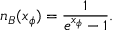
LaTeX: n _ { B } ( x _ { \phi } ) = \frac { 1 } { e ^ { x _ { \phi } } - 1 } .